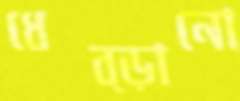
ধেব্‌ড়ানো